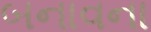
બનાવના